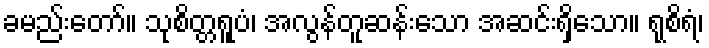
ခမည်းတော်။ သုစိတ္တရူပံ၊ အလွန်တူဆန်းသော အဆင်းရှိသော။ ရုစိရံ၊